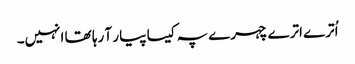
اُترے اترے چہرے پہ کیسا پیار آ رہا تھا انہیں۔